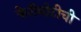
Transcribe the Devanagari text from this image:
फेरीबोटीची